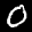
Label: 0